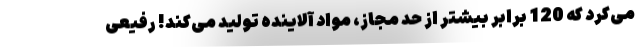
می‌کرد که 120 برابر بیشتر از حد مجاز، مواد آلاینده تولید می‌کند! رفیعی